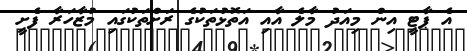
އެ ޕާޓީ އިން މިއަދު މާލެ އާއި އަތޮޅުތަކުގެ ރަށްތަކުގައި މުޒާހަރާ ފެށީ